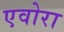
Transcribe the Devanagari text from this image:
एवोरा